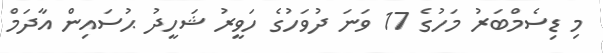
މި ޑިސެމްބަރު މަހުގެ 17 ވަނަ ދުވަހުގެ ހަވީރު ޝަހީދު ޙުސައިން އާދަމް